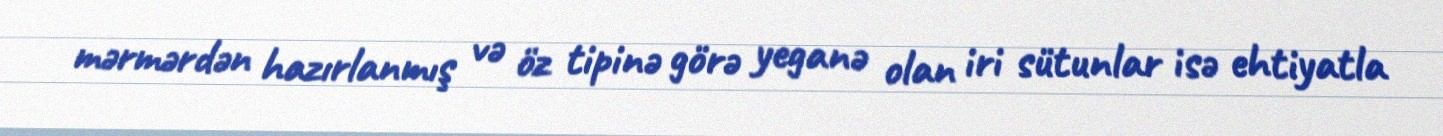
mərmərdən hazırlanmış və öz tipinə görə yeganə olan iri sütunlar isə ehtiyatla